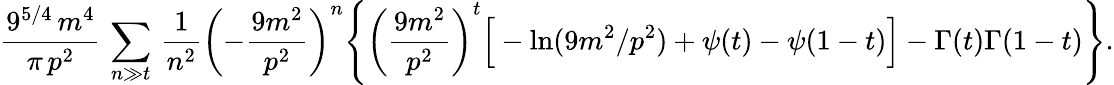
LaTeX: \frac{9^{5/4}\, m^{4}}{\pi\, p^{2}}\, \sum_{n\gg t}\, \frac{1}{n^{2}}\left(-\frac{9m^{2}}{p^{2}}\right)^{n}\Bigg\{ \left(\frac{9m^{2}}{p^{2}}\right)^{t}\Big[-\ln(9m^{2}/p^{2})+\psi(t)-\psi(1-t)\Big]-\Gamma(t)\Gamma(1-t)\Bigg\} .